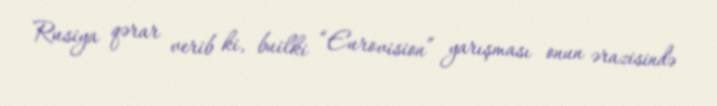
Rusiya qərar verib ki, builki “Eurovision” yarışması onun ərazisində